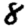
Digit: 8